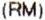
(RM)